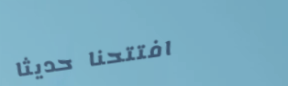
افتتحنا حديثاً